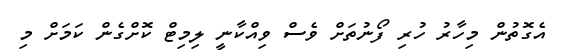
އެގޮތުން މިހާރު ހުރި ފޯނުތަށް ވެސް ވިއްކާނީ ލިމިޓް ކޮށްގެން ކަމަށް މި